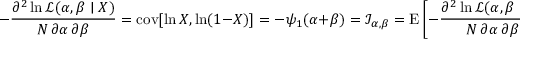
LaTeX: - { \frac { \partial ^ { 2 } \ln { \mathcal { L } } ( \alpha , \beta \mid X ) } { N \, \partial \alpha \, \partial \beta } } = \operatorname { c o v } [ \ln X , \ln ( 1 - X ) ] = - \psi _ { 1 } ( \alpha + \beta ) = { \mathcal { I } } _ { \alpha , \beta } = \operatorname { E } \left[ - { \frac { \partial ^ { 2 } \ln { \mathcal { L } } ( \alpha , \beta \mid X ) } { N \, \partial \alpha \, \partial \beta } } \right] = \ln \operatorname { c o v } _ { G { X , ( 1 - X ) } }